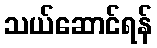
သယ်ဆောင်ရန်